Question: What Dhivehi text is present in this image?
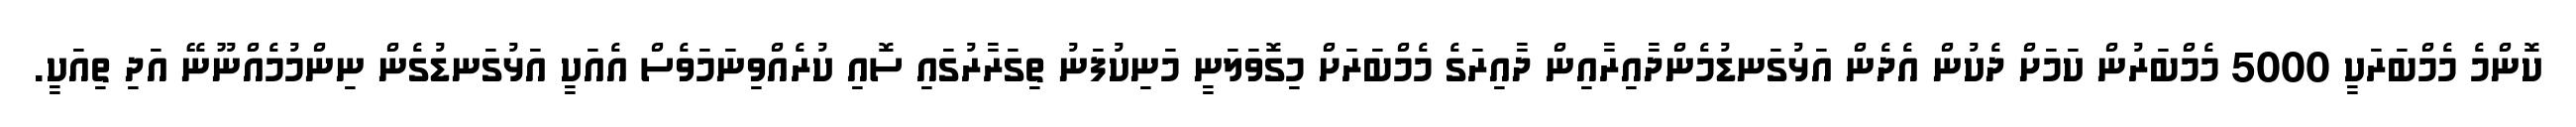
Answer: ކޮންމެ މެމްބަރަކީ 5000 މެމްބަރުން ކަމަށް ދެކުން އެދެން އަޅުގަނޑުމެންދާއިރާއިން ދާއިރަގެ މެމްބަރަށް މިގޮވަލަނީ މަނިކުފަނު ތިގަރާރުގައި ސޮއި ކުރެއްވިނަމަވެސް އެއަކީ އަޅުގަނޑުގެން ނިންމުމެއްނޫނޭ އަދި ތިއަކީ.